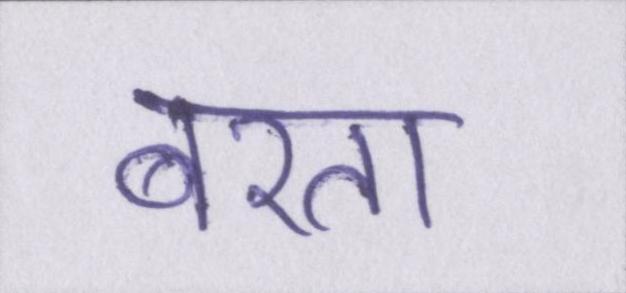
बरता